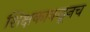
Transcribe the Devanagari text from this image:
शिक्षकाकडूनच